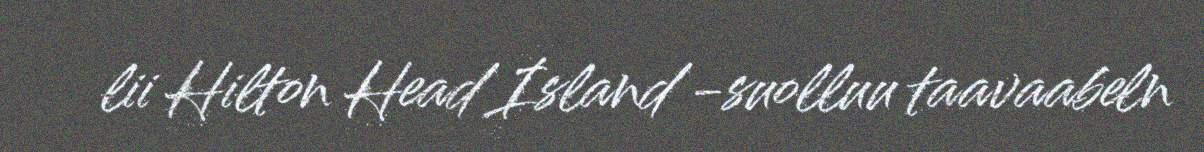
lii Hilton Head Island -suolluu taavaabeln